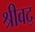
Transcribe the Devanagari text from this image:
श्रीवद्‌